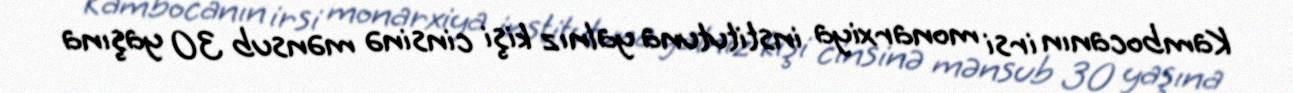
Kambocanın irsi monarxiya institutuna yalnız kişi cinsinə mənsub 30 yaşına